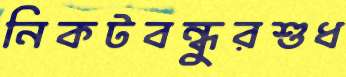
নিকটবন্ধুরশুধ